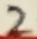
Text: 2